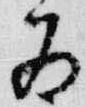
為